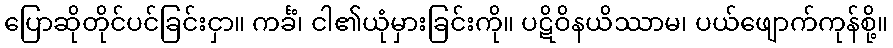
ပြောဆိုတိုင်ပင်ခြင်းငှာ။ ကင်္ခံ၊ ငါ၏ယုံမှားခြင်းကို။ ပဋိဝိနယိဿာမ၊ ပယ်ဖျောက်ကုန်စို့။